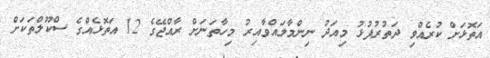
އަތޮޅަށް ކުރެއްވި ދަތުރުފުޅު މިއަދު ނިންމާލައްވާއިރު މިހާތަނަށް ރާއްޖޭގެ 12 އަތޮޅެއްގެ ސްކޫލްތަކަށް